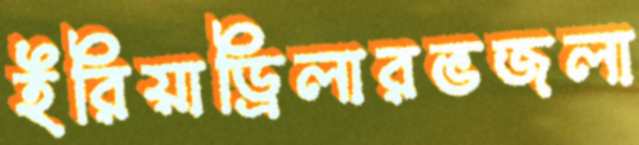
ইরিয়াড্রিলারভজলা